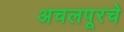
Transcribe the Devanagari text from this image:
अचलपूरचे